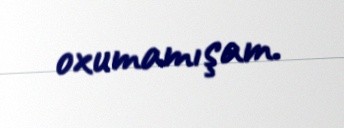
oxumamışam.